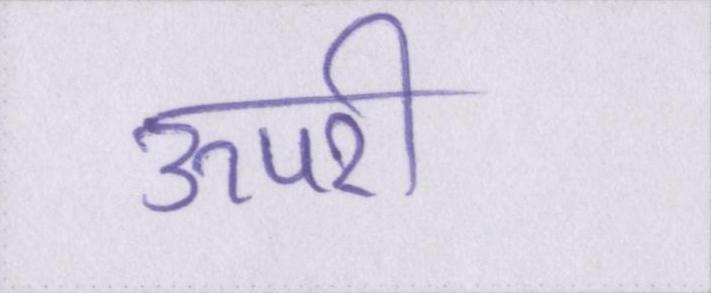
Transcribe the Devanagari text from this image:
ऊपरी